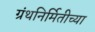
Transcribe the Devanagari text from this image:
ग्रंथनिर्मितीच्या